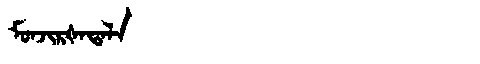
Manchu: ᠮᠣᠨᠵᡳᡵᡧᠠᡨᠠᠯᠠ
Romanization: MONJIRŠATALA